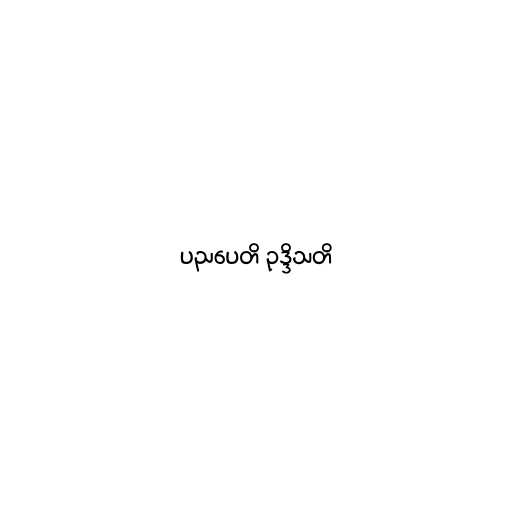
ပညပေတိ ဥဒ္ဒိသတိ